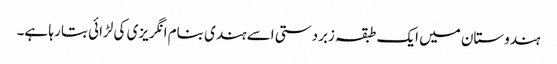
ہندوستان میں ایک طبقہ زبردستی اسے ہندی بنام انگریزی کی لڑائی بتا رہا ہے۔